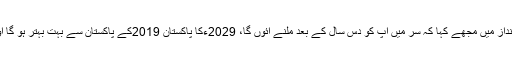
ایک نوجوان طالبعلم نے بڑے پُرعزم انداز میں مجھے کہا کہ سر میں آپ کو دس سال کے بعد ملنے آئوں گا، 2029ءکا پاکستان 2019کے پاکستان سے بہت بہتر ہو گا اور میڈیا بھی پہلے سے زیادہ مضبوط۔